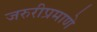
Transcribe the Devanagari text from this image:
जरुरीप्रमाणे